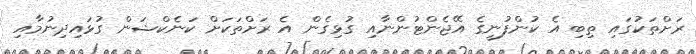
ރަށްތަކުގައި ތިބި އެ ކުންފުނީގެ އޭޖެންޓުންނާއި ގުޅިގެން އެ ރަށްތަކަށް ކަނެކްޝަން ގުޅައިދިނުމާއި